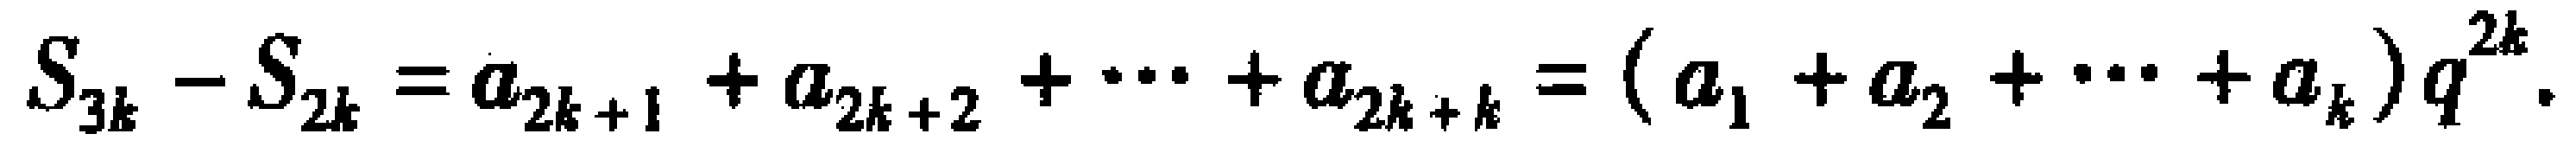
\(S_{3k}-S_{2k}=a_{2k + 1}+a_{2k + 2}+\cdots +a_{2k + k}=(a_{1}+a_{2}+\cdots +a_{k})q^{2k}.\)